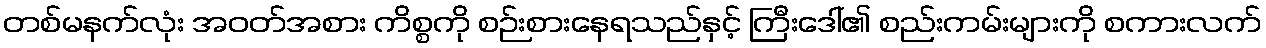
တစ်မနက်လုံး အဝတ်အစား ကိစ္စကို စဉ်းစားနေရသည်နှင့် ကြီးဒေါ်၏ စည်းကမ်းများကို စကားလက်